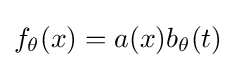
f_{\theta }(x)=a(x)b_{\theta }(t)